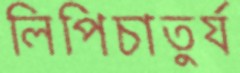
লিপিচাতুর্য